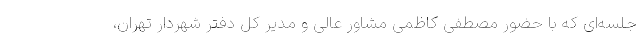
جلسه‌ای که با حضور مصطفی کاظمی مشاور عالی و مدیر کل دفتر شهردار تهران،